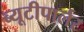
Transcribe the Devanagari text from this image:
ब्यूटीपार्लर